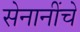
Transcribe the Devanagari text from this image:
सेनानींचे